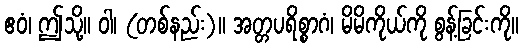
ဧဝံ၊ ဤသို့။ ဝါ၊ (တစ်နည်း)။ အတ္တပရိစ္စာဂံ၊ မိမိကိုယ်ကို စွန့်ခြင်းကို။